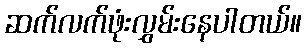
ဆက်လက်ဖုံးလွှမ်းနေပါတယ်။